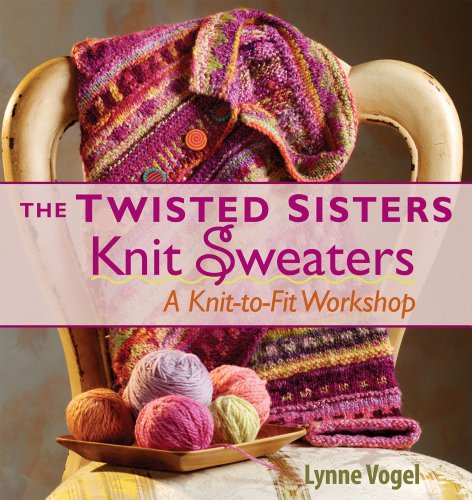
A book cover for The Twisted Sisters Knit Sweaters; Lynne Vogel; Crafts, Hobbies & Home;